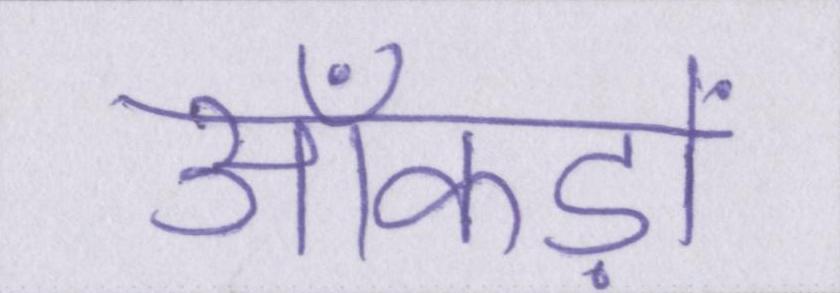
आँकड़ों